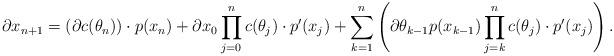
LaTeX: \begin{align*}\partial x_{n+1} = \left( \partial c(\theta_n) \right) \cdot p(x_n) + \partial x_0 \prod \limits_{j = 0}^n c(\theta_j) \cdot p'(x_j)+ \sum \limits_{k = 1}^n \left( \partial \theta_{k-1} p(x_{k-1}) \prod \limits_{j = k}^n c(\theta_j) \cdot p'(x_j) \right).\end{align*}